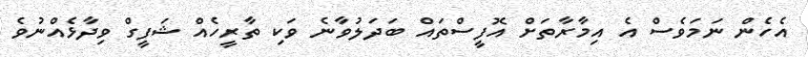
އެހެން ނަމަވެސް އެ އިމާރާތަށް އޮފީސްތައް ބަދަލުވާނެ ވަކި ތާރީހެއް ޝަފީގް ވިދާޅެއްނުވެ